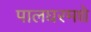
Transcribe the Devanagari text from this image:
पालघरमधे